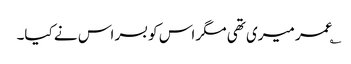
؎عمر میری تھی مگر اس کو بسر اس نے کیا۔